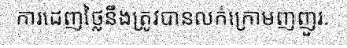
ការដេញថ្លៃនឹងត្រូវបានលក់ក្រោមញញួរ.